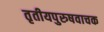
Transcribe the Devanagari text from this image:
तृतीयपुरुषवाचक